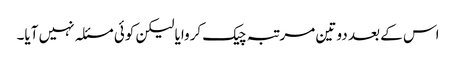
اس کے بعد دو تین مرتبہ چیک کروایا لیکن کوئی مسئلہ نہیں آیا۔